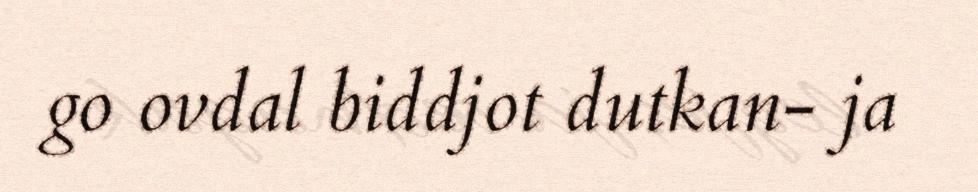
go ovdal biddjot dutkan- ja